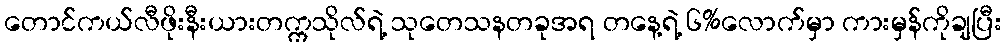
တောင်ကယ်လီဖိုးနီးယားတက္ကသိုလ်ရဲ့ သုတေသနတခုအရ တနေ့ရဲ့ ၆%လောက်မှာ ကားမှန်ကိုချပြီး